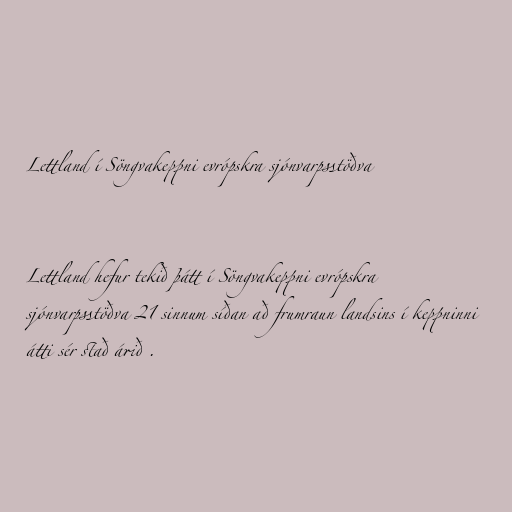
Lettland í Söngvakeppni evrópskra sjónvarpsstöðva

Lettland hefur tekið þátt í Söngvakeppni evrópskra
sjónvarpsstöðva 21 sinnum síðan að frumraun landsins í keppninni
átti sér stað árið .